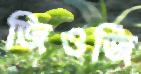
জিওর্জি